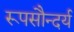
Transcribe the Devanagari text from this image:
रूपसौन्दर्य